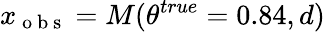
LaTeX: x_{\mathrm{~o~b~s~}}=M(\theta^{true}=0.84,d)